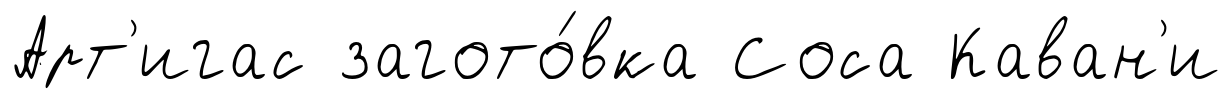
Арт'игас загото́вка Соса Каван'и